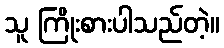
သူ ကြိုးစားပါသည်တဲ့။